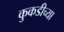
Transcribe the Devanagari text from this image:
कुकडीच्या